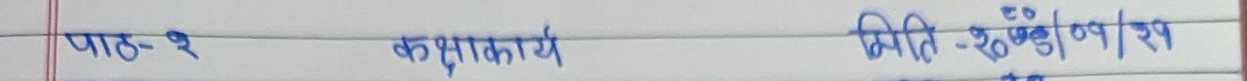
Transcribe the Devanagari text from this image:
पाठ-१ कशाकये मिति  २६/०१/२१